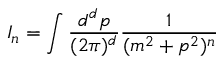
I _ { n } = \int \frac { d ^ { d } p } { ( 2 \pi ) ^ { d } } \frac { 1 } { ( m ^ { 2 } + p ^ { 2 } ) ^ { n } }